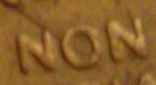
NON